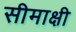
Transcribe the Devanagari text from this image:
सीमाक्षी